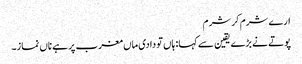
ارے شرم کر شرم
پوتے نے بڑے یقین سے کہا: ہاں تو دادی ماں مغرب پر ہے ناں نماز۔